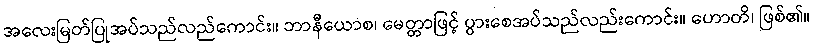
အလေးမြတ်ပြုအပ်သည်လည်ကောင်း။ ဘာနီယောစ၊ မေတ္တာဖြင့် ပွားစေအပ်သည်လည်းကောင်း။ ဟောတိ၊ ဖြစ်၏။